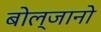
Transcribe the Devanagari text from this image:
बोल्जानो